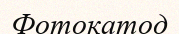
Фотокатод